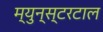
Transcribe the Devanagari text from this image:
म्युन्स्टरटाल